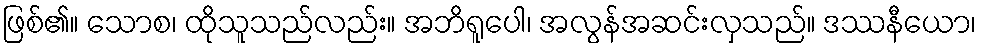
ဖြစ်၏။ သောစ၊ ထိုသူသည်လည်း။ အဘိရူပေါ၊ အလွန်အဆင်းလှသည်။ ဒဿနီယော၊